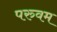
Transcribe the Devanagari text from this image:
परुवम